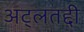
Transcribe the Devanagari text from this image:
अट्लतद्दी